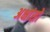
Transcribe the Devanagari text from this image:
अक्षांसो